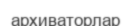
архиваторлар